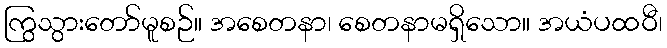
ကြွသွားတော်မူစဉ်။ အစေတနာ၊ စေတနာမရှိသော။ အယံပထဝီ၊